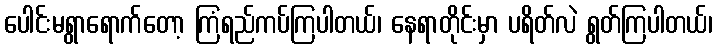
ပေါင်းမရွာရောက်တော့ ကြံရည်ကပ်ကြပါတယ်၊ နေရာတိုင်းမှာ ပရိတ်လဲ ရွတ်ကြပါတယ်၊